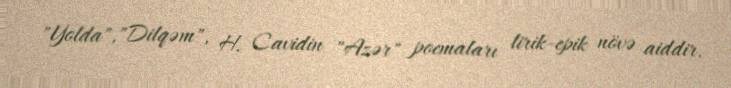
"Yolda","Dilqəm", H. Cavidin "Azər" poemaları lirik-epik növə aiddir.